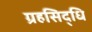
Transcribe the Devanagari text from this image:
ग्रहसिद्धि